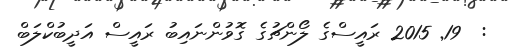
:  19